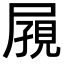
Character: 𪨔